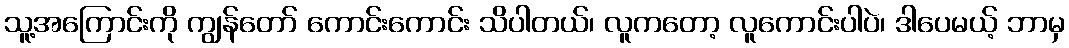
သူ့အကြောင်းကို ကျွန်တော် ကောင်းကောင်း သိပါတယ်၊ လူကတော့ လူကောင်းပါပဲ၊ ဒါပေမယ့် ဘာမှ